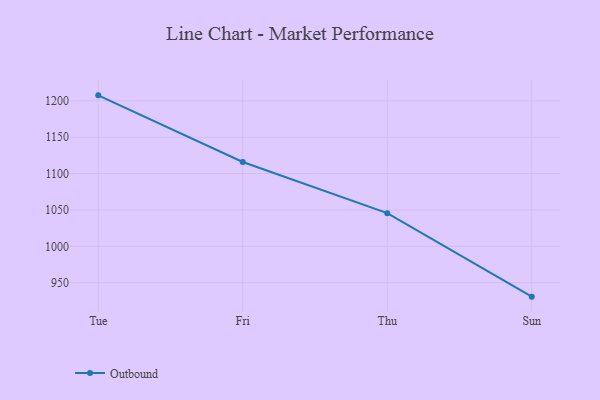
{"axis": {"x": "Day", "y": "Shipments"}, "legend": ["Outbound"], "data": [{"x": "Tue", "y": 1207.6, "type": "Outbound"}, {"x": "Fri", "y": 1116.0, "type": "Outbound"}, {"x": "Thu", "y": 1045.6, "type": "Outbound"}, {"x": "Sun", "y": 930.8, "type": "Outbound"}]}